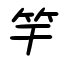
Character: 竿